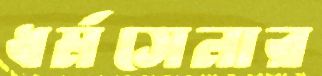
ধর্মসেনার